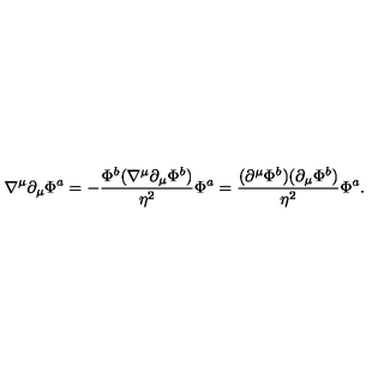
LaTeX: \nabla ^ { \mu } \partial _ { \mu } \Phi ^ { a } = - { \frac { \Phi ^ { b } ( \nabla ^ { \mu } \partial _ { \mu } \Phi ^ { b } ) } { \eta ^ { 2 } } } \Phi ^ { a } = { \frac { ( \partial ^ { \mu } \Phi ^ { b } ) ( \partial _ { \mu } \Phi ^ { b } ) } { \eta ^ { 2 } } } \Phi ^ { a } .